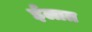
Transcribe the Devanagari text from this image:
ईलात